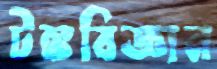
টঙ্কবিজ্ঞান